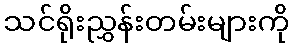
သင်ရိုးညွှန်းတမ်းများကို